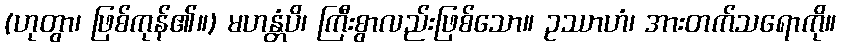
(ဟုတွာ၊ ဖြစ်ကုန်၏။) မဟန္တံပိ၊ ကြီးစွာလည်းဖြစ်သော။ ဥဿာဟံ၊ အားတက်သရောကို။